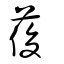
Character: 葰